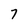
Character: 7